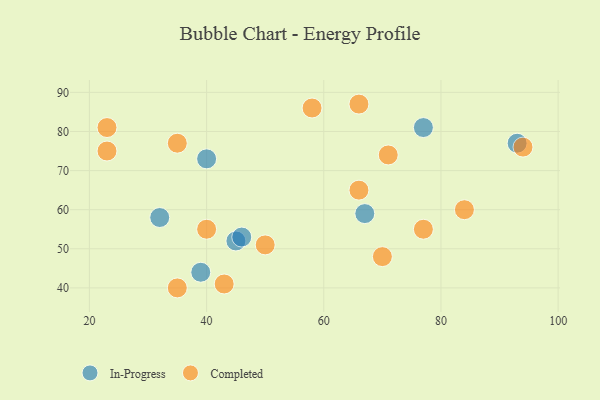
{"axis": {"x": "GDP", "y": "Life Expectancy"}, "legend": ["Completed", "In-Progress"], "data": [{"x": "67", "y": 59, "type": "In-Progress"}, {"x": "77", "y": 81, "type": "In-Progress"}, {"x": "45", "y": 52, "type": "In-Progress"}, {"x": "39", "y": 44, "type": "In-Progress"}, {"x": "40", "y": 73, "type": "In-Progress"}, {"x": "46", "y": 53, "type": "In-Progress"}, {"x": "32", "y": 58, "type": "In-Progress"}, {"x": "93", "y": 77, "type": "In-Progress"}, {"x": "43", "y": 41, "type": "Completed"}, {"x": "35", "y": 40, "type": "Completed"}, {"x": "94", "y": 76, "type": "Completed"}, {"x": "40", "y": 55, "type": "Completed"}, {"x": "84", "y": 60, "type": "Completed"}, {"x": "70", "y": 48, "type": "Completed"}, {"x": "35", "y": 77, "type": "Completed"}, {"x": "23", "y": 81, "type": "Completed"}, {"x": "23", "y": 75, "type": "Completed"}, {"x": "50", "y": 51, "type": "Completed"}, {"x": "71", "y": 74, "type": "Completed"}, {"x": "66", "y": 87, "type": "Completed"}, {"x": "58", "y": 86, "type": "Completed"}, {"x": "66", "y": 65, "type": "Completed"}, {"x": "77", "y": 55, "type": "Completed"}]}